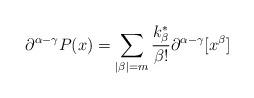
LaTeX: \begin{align*}\partial^{\alpha-\gamma}P(x)=\sum_{|\beta|=m} \frac{k^{\ast}_{\beta}}{\beta !} \partial^{\alpha-\gamma}[x^{\beta}] \end{align*}